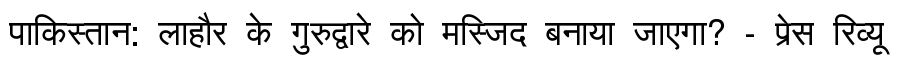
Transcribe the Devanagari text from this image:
पाकिस्तान: लाहौर के गुरुद्वारे को मस्जिद बनाया जाएगा? - प्रेस रिव्यू